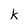
Character: k